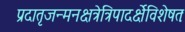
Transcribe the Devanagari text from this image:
प्रदातृजन्मनक्षत्रेत्रिपादर्क्षेविशेषतः